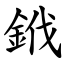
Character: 䤦